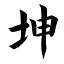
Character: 坤